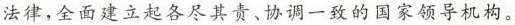
法律，全面建立起各尽其责、协调一致的国家领导机构。